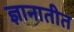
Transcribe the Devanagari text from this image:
ज्ञानातीत